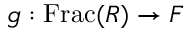
g : \operatorname { F r a c } ( R ) \rightarrow F